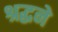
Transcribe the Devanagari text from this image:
श्रद्धने